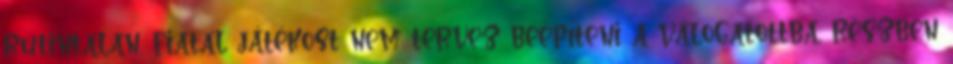
rutintalan, fiatal játékost nem tervez beépíteni a válogatottba, részben